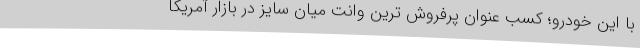
با این خودرو؛ کسب عنوان پرفروش ترین وانت میان سایز در بازار آمریکا